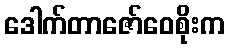
ဒေါက်တာဇော်ဝေစိုးက